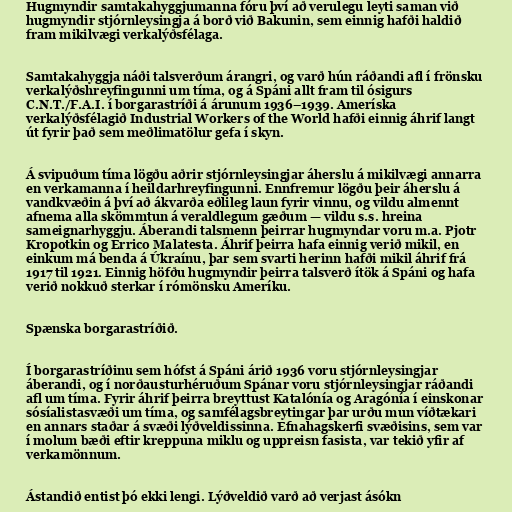
Hugmyndir samtakahyggjumanna fóru því að verulegu leyti saman við
hugmyndir stjórnleysingja á borð við Bakunin, sem einnig hafði haldið
fram mikilvægi verkalýðsfélaga.

Samtakahyggja náði talsverðum árangri, og varð hún ráðandi afl í frönsku
verkalýðshreyfingunni um tíma, og á Spáni allt fram til ósigurs
C.N.T./F.A.I. í borgarastríði á árunum 1936–1939. Ameríska
verkalýðsfélagið Industrial Workers of the World hafði einnig áhrif langt
út fyrir það sem meðlimatölur gefa í skyn.

Á svipuðum tíma lögðu aðrir stjórnleysingjar áherslu á mikilvægi annarra
en verkamanna í heildarhreyfingunni. Ennfremur lögðu þeir áherslu á
vandkvæðin á því að ákvarða eðlileg laun fyrir vinnu, og vildu almennt
afnema alla skömmtun á veraldlegum gæðum — vildu s.s. hreina
sameignarhyggju. Áberandi talsmenn þeirrar hugmyndar voru m.a. Pjotr
Kropotkin og Errico Malatesta. Áhrif þeirra hafa einnig verið mikil, en
einkum má benda á Úkraínu, þar sem svarti herinn hafði mikil áhrif frá
1917 til 1921. Einnig höfðu hugmyndir þeirra talsverð ítök á Spáni og hafa
verið nokkuð sterkar í rómönsku Ameríku.

Spænska borgarastríðið.

Í borgarastríðinu sem hófst á Spáni árið 1936 voru stjórnleysingjar
áberandi, og í norðausturhéruðum Spánar voru stjórnleysingjar ráðandi
afl um tíma. Fyrir áhrif þeirra breyttust Katalónía og Aragónía í einskonar
sósíalistasvæði um tíma, og samfélagsbreytingar þar urðu mun víðtækari
en annars staðar á svæði lýðveldissinna. Efnahagskerfi svæðisins, sem var
í molum bæði eftir kreppuna miklu og uppreisn fasista, var tekið yfir af
verkamönnum.

Ástandið entist þó ekki lengi. Lýðveldið varð að verjast ásókn